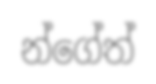
න්ගේත්